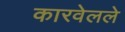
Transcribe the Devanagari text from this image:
कारवेलले